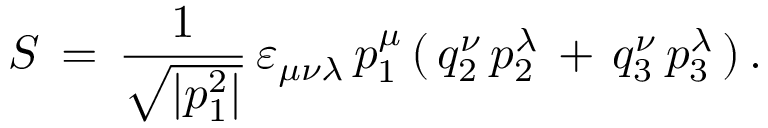
S \, = \, \frac { 1 } { \sqrt { | p _ { 1 } ^ { 2 } | } } \, \varepsilon _ { \mu \nu \lambda } \, p _ { 1 } ^ { \mu } \, ( \, q _ { 2 } ^ { \nu } \, p _ { 2 } ^ { \lambda } \, + \, q _ { 3 } ^ { \nu } \, p _ { 3 } ^ { \lambda } \, ) \, { . }